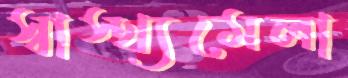
স্বাস্থ্যমেলা